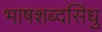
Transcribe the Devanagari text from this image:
भाषशब्दसिंधु